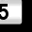
Digit: 5